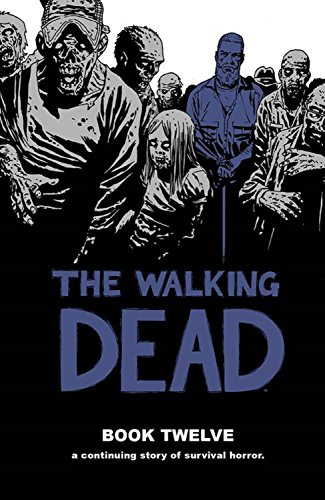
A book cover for The Walking Dead Book 12 (Walking Dead (12 Stories)); Robert Kirkman; Comics & Graphic Novels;